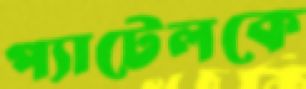
প্যাটেলকে